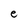
Character: e